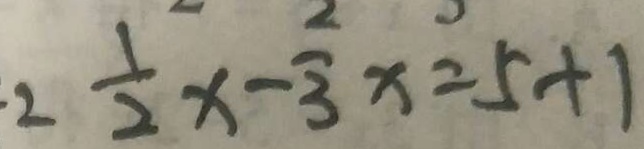
2 \frac { 1 } { 2 } x - \frac { 2 } { 3 } x = 5 + 1